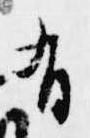
有